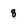
Character: 8